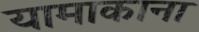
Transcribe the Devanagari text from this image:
यामाकाना